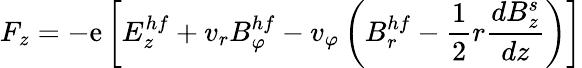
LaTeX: F_{z}=-\mathrm{e}\left[E_{z}^{hf}+v_{r}B_{\varphi}^{hf}-v_{\varphi}\left(B_{r}^{hf}-\frac{{1}}{{2}}r\frac{{dB_{z}^{s}}}{{dz}}\right)\right]